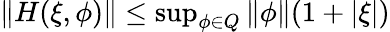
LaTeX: \begin{array}{r}{\| H(\xi,\phi)\| \le\operatorname*{sup}_{\phi\in Q}\| \phi\| (1+|\xi|)}\end{array}